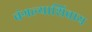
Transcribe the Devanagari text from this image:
बंगल्याशिवाय